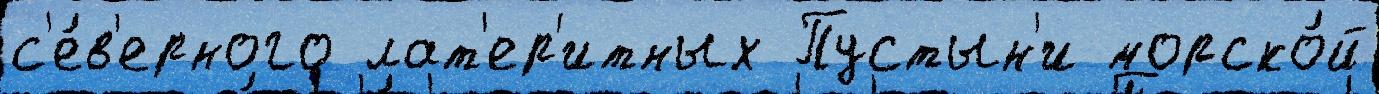
с'е́в'ерного лат'ер'итных Пустын'и морско́й